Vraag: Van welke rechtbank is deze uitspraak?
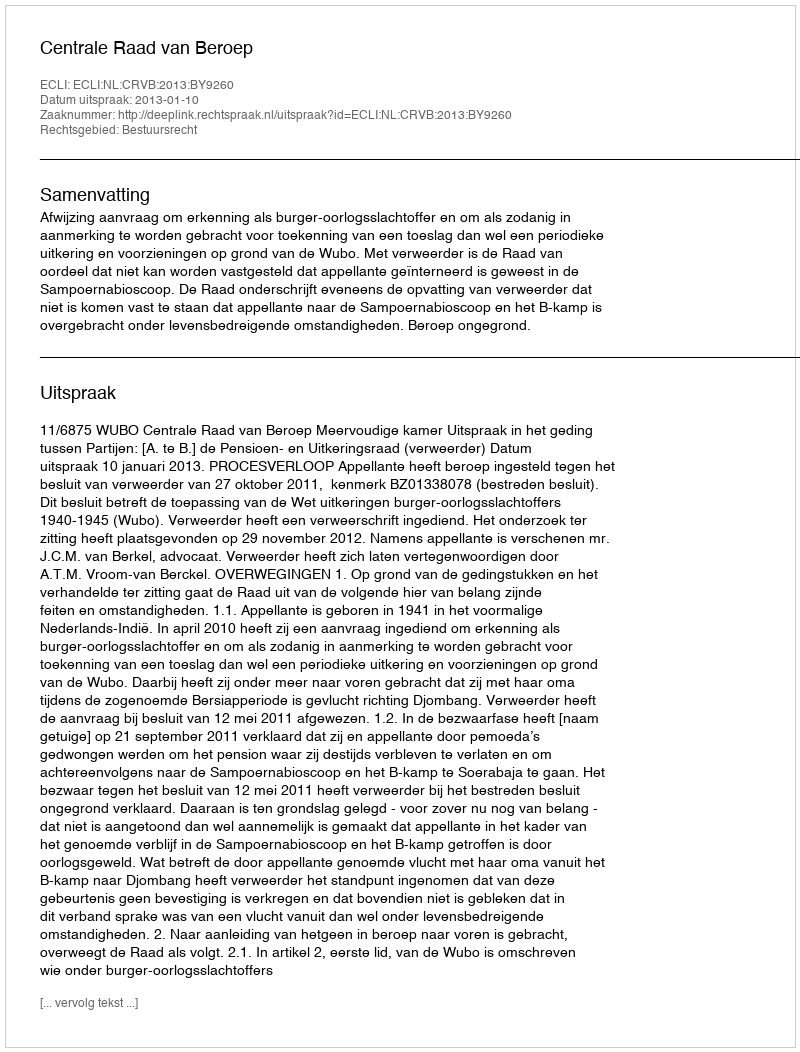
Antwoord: Centrale Raad van Beroep